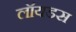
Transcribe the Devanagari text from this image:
लॉयडस